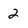
Character: 2